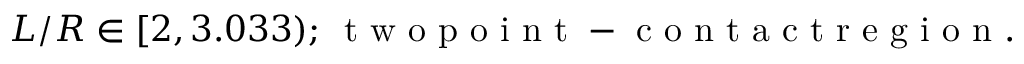
\begin{array} { r } { L / R \in [ 2 , 3 . 0 3 3 ) ; \, \mathrm { ~ t ~ w ~ o ~ p ~ o ~ i ~ n ~ t ~ - ~ c ~ o ~ n ~ t ~ a ~ c ~ t ~ r ~ e ~ g ~ i ~ o ~ n ~ } . } \end{array}